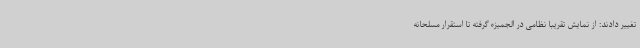
تغییر دادند: از نمایش تقریبا نظامی در الجمیزه گرفته تا استقرار مسلحانه